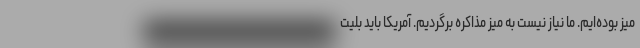
میز بوده‌ایم. ما نیاز نیست به میز مذاکره برگردیم. آمریکا باید بلیت